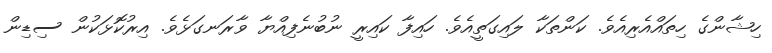
ހިޝާންގެ ހިތައްއެރިއެވެ. ކަންތަކާ ލައިގަތީއެވެ. ހައިފާ ކައިރީ ނުބުނެފިއްޔާ ވާރަނގަޅެވެ. އިރުކޮޅަކުން ސިޑިން